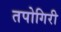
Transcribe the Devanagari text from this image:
तपोगिरी